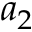
a _ { 2 }